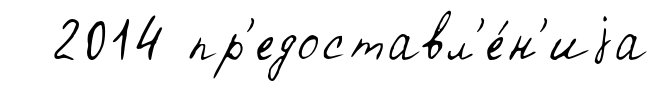
2014 пр'едоставл'е́н'иjа